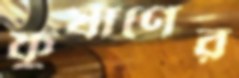
কুষাণের